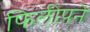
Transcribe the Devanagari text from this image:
फिलीपने